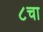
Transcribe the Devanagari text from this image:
८चा